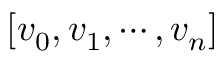
\left[ v _ { 0 } , v _ { 1 } , \cdots , v _ { n } \right]